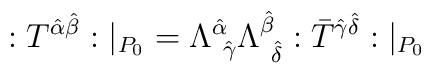
:T^{\hat{\alpha} \hat{\beta}}:|_{P_0} =\Lambda^{\hat{\alpha}}_{\ \hat{\gamma}}\Lambda^{\hat{\beta}}_{ \ \hat{\delta}}:\bar{T}^{\hat{\gamma}\hat{\delta}}:|_{P_0}